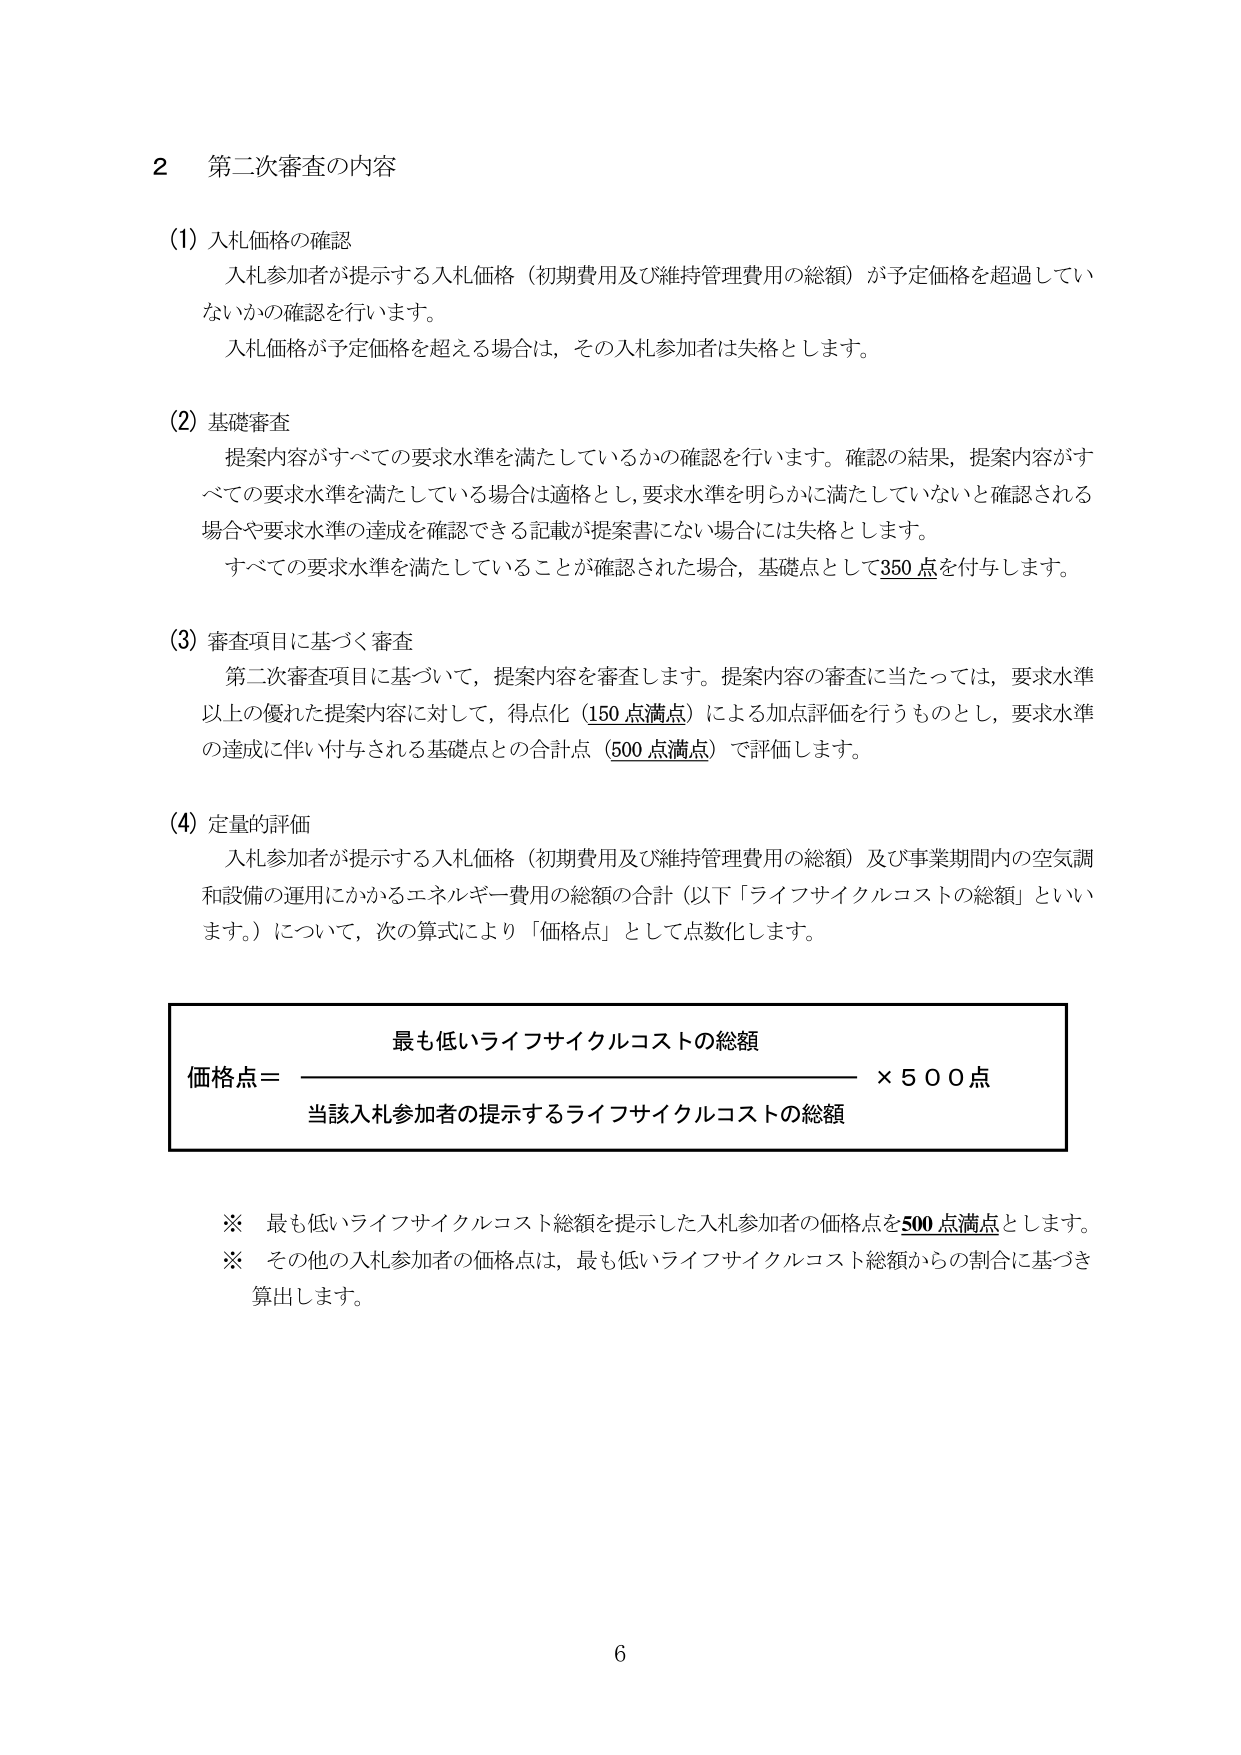
2 第二次審査の内容

(1) 入札価格の確認
入札参加者が提示する入札価格（初期費用及び維持管理費用の総額）が予定価格を超過していないかの確認を行います。
入札価格が予定価格を超える場合は，その入札参加者は失格とします。

(2) 基礎審査
提案内容がすべての要求水準を満たしているかの確認を行います。確認の結果，提案内容がすべての要求水準を満たしている場合は適格とし，要求水準を明らかに満たしていないと確認される場合や要求水準の達成を確認できる記載が提案書にない場合には失格とします。
すべての要求水準を満たしていることが確認された場合，基礎点として350点を付与します。

(3) 審査項目に基づく審査
第二次審査項目に基づいて，提案内容を審査します。提案内容の審査に当たっては，要求水準以上の優れた提案内容に対して，得点化（150点満点）による加点評価を行うものとし，要求水準の達成に伴い付与される基礎点との合計点（500点満点）で評価します。

(4) 定量的評価
入札参加者が提示する入札価格（初期費用及び維持管理費用の総額）及び事業期間内の空気調和設備の運用にかかるエネルギー費用の総額の合計（以下「ライフサイクルコストの総額」といいます。）について，次の算式により「価格点」として点数化します。

最も低いライフサイクルコストの総額
価格点＝──────────────────────────── × 500点
当該入札参加者の提示するライフサイクルコストの総額

※ 最も低いライフサイクルコスト総額を提示した入札参加者の価格点を500点満点とします。
※ その他の入札参加者の価格点は，最も低いライフサイクルコスト総額からの割合に基づき算出します。

6